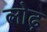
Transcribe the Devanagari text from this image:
लोढ़